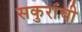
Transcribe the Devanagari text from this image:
सकुरांची